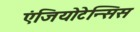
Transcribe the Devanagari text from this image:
एंजियोटेन्सिस